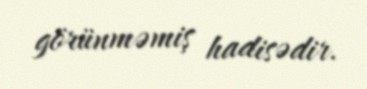
görünməmiş hadisədir.